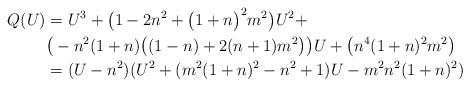
LaTeX: \begin{align*}\begin{aligned}Q(U)&=U^3+\big(1-2n^2+\big(1+n\big)^2m^2\big)U^2+\\&\big(-n^2(1+n)\big((1-n)+2(n+1)m^2\big)\big)U+\big(n^4(1+n)^2m^2\big)\\&=(U-n^2)(U^2+(m^2(1+n)^2-n^2+1)U-m^2n^2(1+n)^2)\end{aligned}\end{align*}